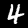
Digit: 4